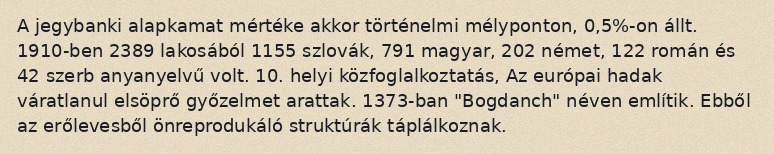
A jegybanki alapkamat mértéke akkor történelmi mélyponton, 0,5%-on állt. 1910-ben 2389 lakosából 1155 szlovák, 791 magyar, 202 német, 122 román és 42 szerb anyanyelvű volt. 10.  helyi közfoglalkoztatás, Az európai hadak váratlanul elsöprő győzelmet arattak. 1373-ban "Bogdanch" néven említik. Ebből az erőlevesből önreprodukáló struktúrák táplálkoznak.